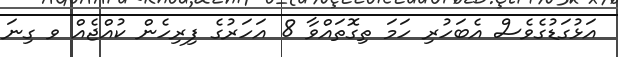
އަޅުގަޑުގެވެސް އެބަހުރި ހަމަ ތިގޮތައްވާ 8 އަހަރުގެ ފިރިހެން ކުއްޖެއް ވ ގިނަ